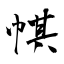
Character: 帺